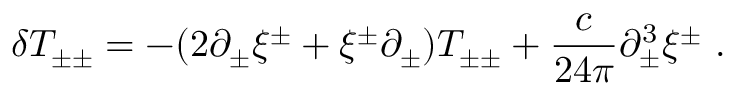
\delta T _ { \pm \pm } = - ( 2 \partial _ { \pm } \xi ^ { \pm } + \xi ^ { \pm } \partial _ { \pm } ) T _ { \pm \pm } + { \frac { c } { 2 4 \pi } } \partial _ { \pm } ^ { 3 } \xi ^ { \pm } \ .